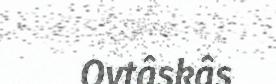
Ovtâskâs